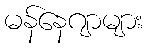
မန်နေဂျာများ